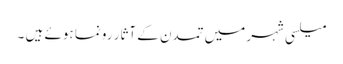
میلسی شہر میں تمدن کے آثار رونما ہوئے ہیں ۔